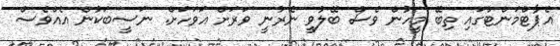
އެޕާޓްމަންޓްގައި ތިބޭ މީހުން ވެސް ބޭލުވީ ނެރުނީ ވަރަށް އަވަހަށް. ނަސީބަކުން އެއްވެސް